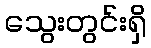
သွေးတွင်းရှိ